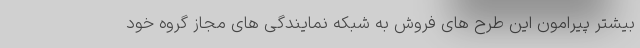
بیشتر پیرامون این طرح های فروش به شبکه نمایندگی های مجاز گروه خود